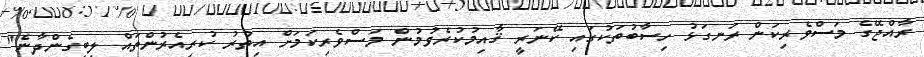
ރާއްޖޭގެ މަސްވެރިކަން ރަނގަޅު ހިސާބުތަކުގައި ކޭނަރީ ޤާއިމުކުރެވުމުން މަސްވެރިކަމަށް އިތުރު ކުރިއެރުންތައް ލިބިގެންދާނެ"